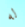
له